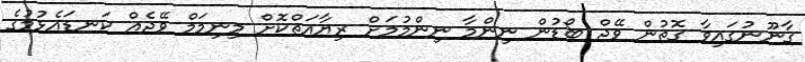
ގާނޫނުގައިވާ ގޮތުން ވޭޖް ބޯޑުން ނިންމާ ނިންމުމަށް ރިޔާއަތްކޮށް މިނިމަމް ވޭޖެއް ކަނޑައެޅުމުގެ